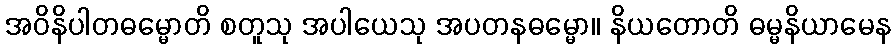
အဝိနိပါတဓမ္မောတိ စတူသု အပါယေသု အပတနဓမ္မော။ နိယတောတိ ဓမ္မနိယာမေန